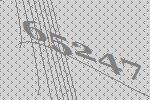
65247